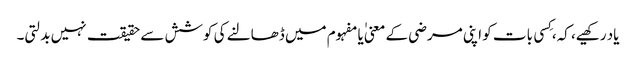
یاد رکھیے، کہ، کِسی بات کو اپنی مرضی کے معنی ٰیا مفہوم میں ڈھالنے کی کوشش سے حقیقت نہیں بدلتی۔